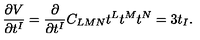
\frac { \partial V } { \partial t ^ { I } } = \frac { \partial } { \partial t ^ { I } } C _ { L M N } t ^ { L } t ^ { M } t ^ { N } = 3 t _ { I } .